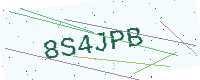
Text: 8S4JPB